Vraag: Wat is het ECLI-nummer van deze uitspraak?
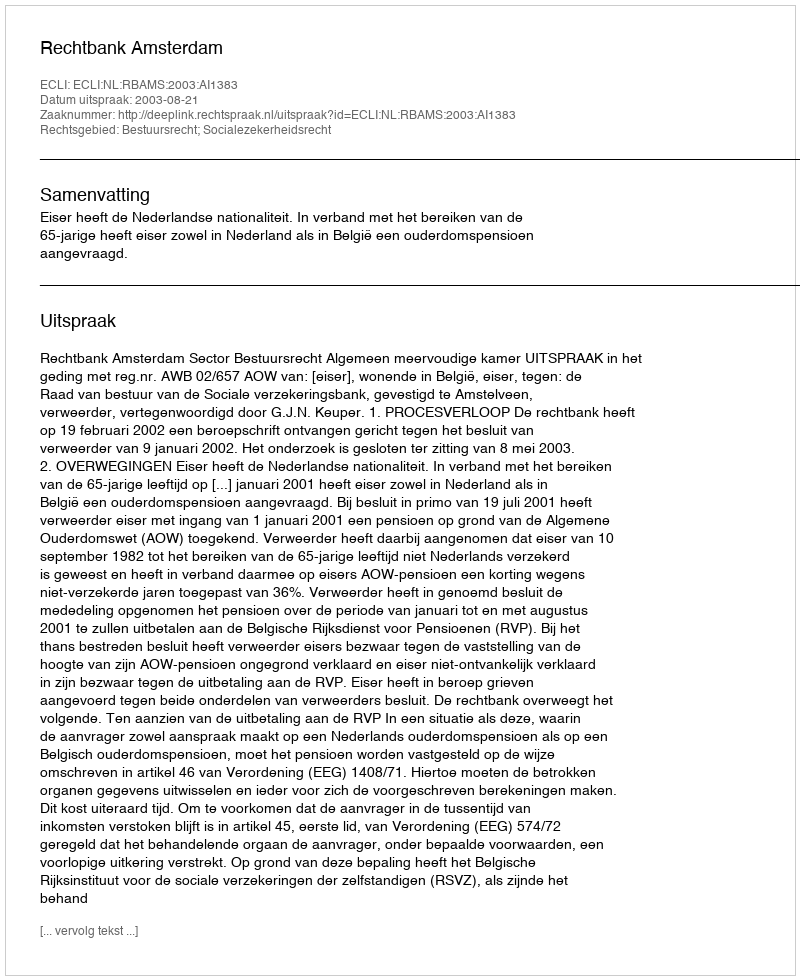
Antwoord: ECLI:NL:RBAMS:2003:AI1383